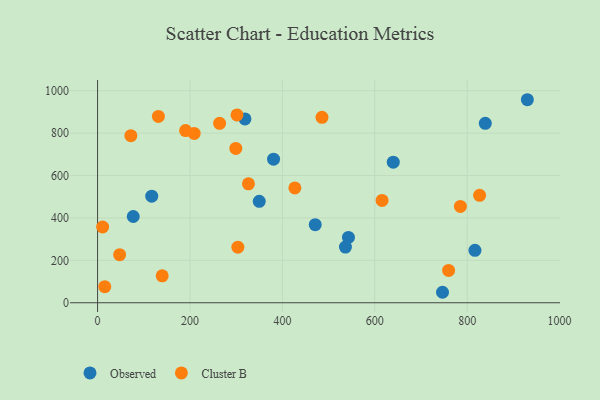
{"axis": {"x": "Study Hours", "y": "Fuel Efficiency"}, "legend": ["Cluster B", "Observed"], "data": [{"x": "471.1", "y": 368.1, "type": "Observed"}, {"x": "816.8", "y": 247.3, "type": "Observed"}, {"x": "380.9", "y": 676.8, "type": "Observed"}, {"x": "349.9", "y": 478.2, "type": "Observed"}, {"x": "543.0", "y": 307.9, "type": "Observed"}, {"x": "77.2", "y": 406.6, "type": "Observed"}, {"x": "746.6", "y": 49.4, "type": "Observed"}, {"x": "536.5", "y": 262.3, "type": "Observed"}, {"x": "319.0", "y": 866.6, "type": "Observed"}, {"x": "930.3", "y": 957.3, "type": "Observed"}, {"x": "640.0", "y": 663.0, "type": "Observed"}, {"x": "117.2", "y": 502.3, "type": "Observed"}, {"x": "839.2", "y": 846.0, "type": "Observed"}, {"x": "209.1", "y": 798.3, "type": "Cluster B"}, {"x": "15.5", "y": 76.0, "type": "Cluster B"}, {"x": "303.6", "y": 261.9, "type": "Cluster B"}, {"x": "72.0", "y": 787.8, "type": "Cluster B"}, {"x": "826.9", "y": 506.6, "type": "Cluster B"}, {"x": "10.9", "y": 357.2, "type": "Cluster B"}, {"x": "326.5", "y": 560.8, "type": "Cluster B"}, {"x": "615.8", "y": 482.3, "type": "Cluster B"}, {"x": "131.6", "y": 878.6, "type": "Cluster B"}, {"x": "485.7", "y": 874.4, "type": "Cluster B"}, {"x": "264.1", "y": 845.8, "type": "Cluster B"}, {"x": "47.7", "y": 226.6, "type": "Cluster B"}, {"x": "190.5", "y": 811.9, "type": "Cluster B"}, {"x": "759.8", "y": 152.6, "type": "Cluster B"}, {"x": "785.3", "y": 454.1, "type": "Cluster B"}, {"x": "299.2", "y": 727.9, "type": "Cluster B"}, {"x": "139.8", "y": 127.0, "type": "Cluster B"}, {"x": "427.0", "y": 541.6, "type": "Cluster B"}, {"x": "301.8", "y": 885.5, "type": "Cluster B"}]}